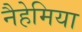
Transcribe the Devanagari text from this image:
नैहेमिया